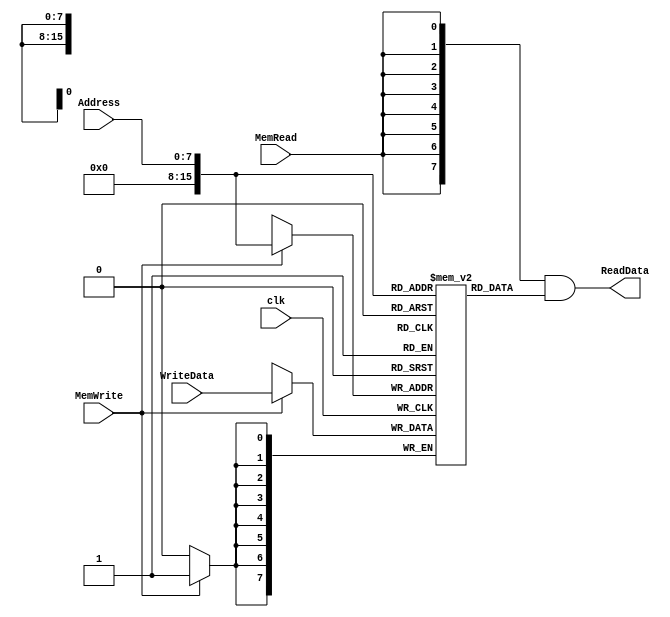

/******************************************************************
* Description
*	This is the data memory for the MIPS processor
*	1.0
* Author:
*	Dr. Jos Luis Pizano Escalante
* email:
*	luispizano@iteso.mx
* Date:
*	01/03/2014
******************************************************************/

module DataMemory 
#(	parameter DATA_WIDTH=8,
	parameter MEMORY_DEPTH = 51024
)
(
	input [DATA_WIDTH-1:0] WriteData,
	input [DATA_WIDTH-1:0]  Address,
	input MemWrite,MemRead, clk,
	output  [DATA_WIDTH-1:0]  ReadData
);
	
	// Declare the RAM variable
	reg [DATA_WIDTH-1:0] ram[MEMORY_DEPTH-1:0];
	wire [DATA_WIDTH-1:0] ReadDataAux;

	always @ (posedge clk)
	begin
		// Write
		if (MemWrite)
			ram[Address] <= WriteData;
	end
	assign ReadDataAux = ram[Address];
  	assign ReadData = {DATA_WIDTH{MemRead}}& ReadDataAux;

endmodule